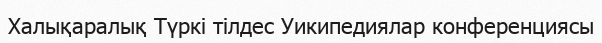
Халықаралық Түркі тілдес Уикипедиялар конференциясы